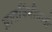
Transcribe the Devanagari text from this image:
प्रातर्विधीसाठी